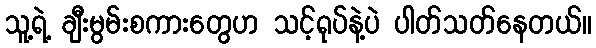
သူ့ရဲ့ ချီးမွမ်းစကားတွေဟ သင့်ရုပ်နဲ့ပဲ ပါတ်သတ်နေတယ်။